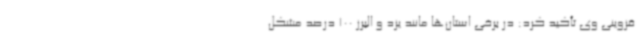
قزوینی وی تأکید کرد: در برخی استان‌ها مانند یزد و البرز 100 درصد مشکل